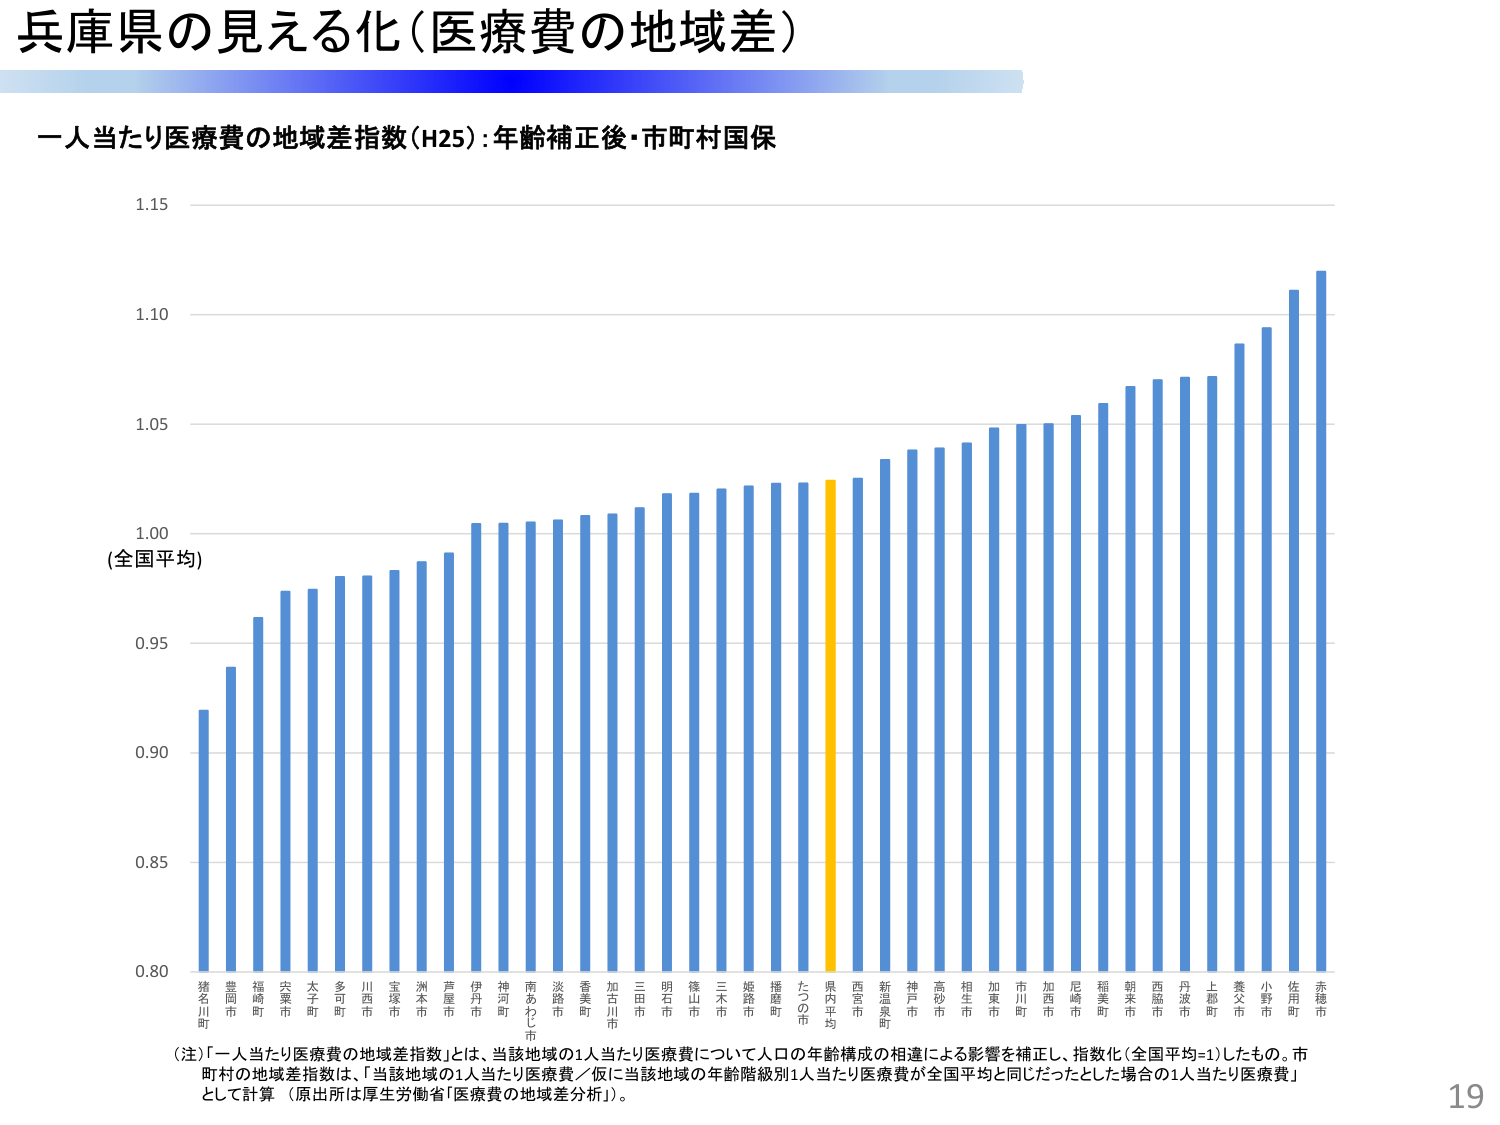
兵庫県の見える化（医療費の地域差）

一人当たり医療費の地域差指数（H25）：年齢補正後・市町村国保

1.15
1.10
1.05
1.00
（全国平均）
0.95
0.90
0.85
0.80

猪名川町
豊岡市
福崎町
宍粟市
太子町
多可町
川西市
宝塚市
洲本市
芦屋市
伊丹市
神河町
南あわじ市
淡路市
香美町
加古川市
三田市
明石市
篠山市
三木市
姫路市
播磨町
たつの市
県内平均
西宮市
新温泉町
神戸市
高砂市
相生市
加東市
川町
加西市
尼崎市
稲美町
朝来市
西脇市
丹波市
上郡町
養父市
小野市
佐用町
赤穂市

（注）「一人当たり医療費の地域差指数」とは、当該地域の1人当たり医療費について人口の年齢構成の相違による影響を補正し、指数化（全国平均=1）したもの。市町村の地域差指数は、「当該地域の1人当たり医療費／仮に当該地域の年齢階級別1人当たり医療費が全国平均と同じだったとした場合の1人当たり医療費」として計算（原出所は厚生労働省「医療費の地域差分析」）。

19